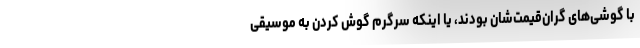
با گوشی‌های گران‌قیمت‌شان بودند، یا اینکه سرگرم گوش کردن به موسیقی